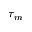
\tau _ { m }